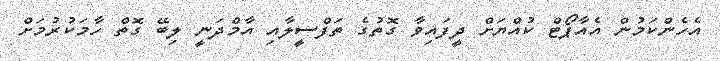
އެހެންކަމުން އެއާޕޯޓް ކުއްޔަށް ދީފައިވާ ގޮތުގެ ތަފްސީލާއި އާމްދަނީ ލިބޭ ގޮތް ހާމަކުރުމަށް